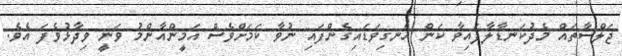
ޖަލްސާތައް މެދުކަނޑާލާފައިވާ ކަން އެނގިވަޑައިގެންފައި ނުވާ ކަމަށްވެސް އަމީންއާންމު ވަނީ ވިދާޅުވެފަ އެވެ.